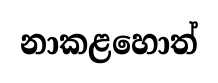
නාකළහොත්